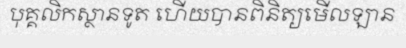
បុគ្គលិកស្ថានទូត ហើយបានពិនិត្យមើលឡាន